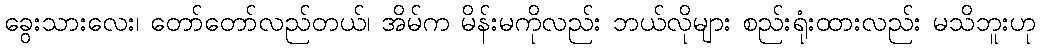
ခွေးသားလေး၊ တော်တော်လည်တယ်၊ အိမ်က မိန်းမကိုလည်း ဘယ်လိုများ စည်းရုံးထားလည်း မသိဘူးဟု